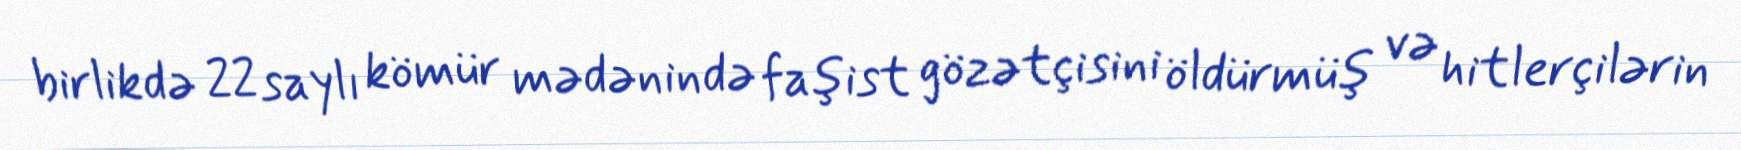
birlikdə 22 saylı kömür mədənində faşist gözətçisini öldürmüş və hitlerçilərin